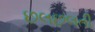
છલછલતી